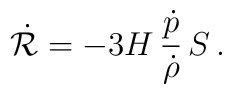
\dot{{\cal R}}=-3H\,\frac{\dot p}{\dot \rho}\,S\, .